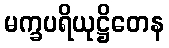
မက္ခပရိယုဋ္ဌိတေန